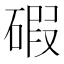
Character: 碬